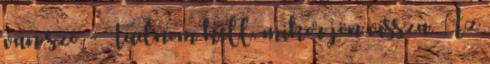
van szó. - Tudnom kell, mikor jön vissza. Az